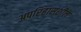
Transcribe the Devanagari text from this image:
अपरिहासशील